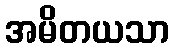
အမိတယသာ